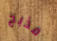
مذبح